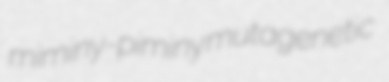
miminy-piminy mutagenetic